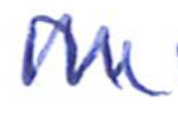
Text: in
Cross-out: zig-zag
Writing tool: ballpoint